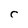
Character: C